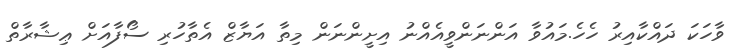
ވާހަކަ ދައްކާއިރު ހެހެ.މައުވާ އަންނަންވީއެއްނު އިށީންނަން މިތާ އަޔާޒް އެތާހުރި ސޯފާއަށް ޢިޝާރާތް